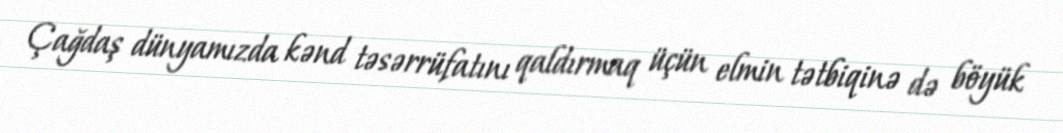
Çağdaş dünyamızda kənd təsərrüfatını qaldırmaq üçün elmin tətbiqinə də böyük